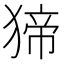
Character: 𤟾